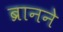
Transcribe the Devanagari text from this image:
ब्रानने